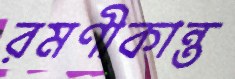
রমণীকান্ত